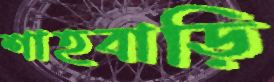
শাহবাড়ি